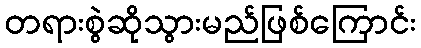
တရားစွဲဆိုသွားမည်ဖြစ်ကြောင်း